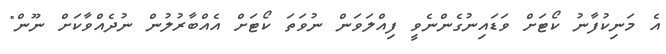
އެ މަނިކުފާނު ކޯޓަށް ވަޑައިނުގެންނެވީ ފިއްލަވަން ނުވަތަ ކޯޓަށް އެއްބާރުލުން ނުދެއްވާކަށް ނޫން"